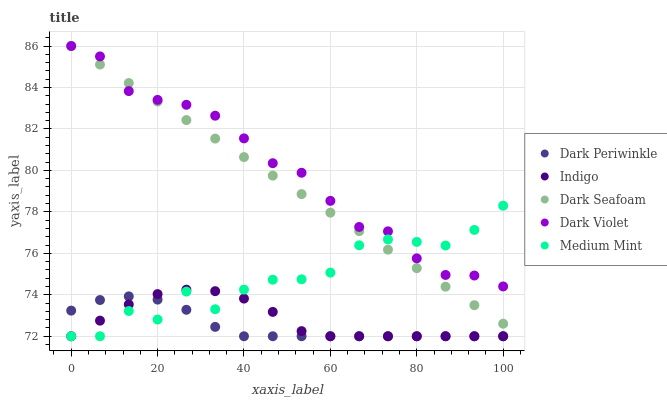
| xaxis_label | Dark Periwinkle | Indigo | Dark Seafoam | Dark Violet | Medium Mint |
 | --- | --- | --- | --- | --- | --- |
 | 0 | 73.2 | 72 | 86 | 86 | 72 |
 | 6.67 | 73.7 | 72.8 | 85.1 | 85.5 | 72 |
 | 13.3 | 73.9 | 73.5 | 84.2 | 83.8 | 73.2 |
 | 20 | 73.8 | 74 | 83.3 | 83.4 | 72.8 |
 | 26.7 | 73.3 | 74.2 | 82.4 | 83.2 | 74.2 |
 | 33.3 | 72.5 | 74.2 | 81.5 | 82.6 | 73.3 |
 | 40 | 72 | 73.8 | 80.6 | 81.5 | 74.2 |
 | 46.7 | 72 | 73.2 | 79.7 | 80.3 | 74.7 |
 | 53.3 | 72 | 72.2 | 78.9 | 79.9 | 74.7 |
 | 60 | 72 | 72 | 78 | 78.5 | 75.1 |
 | 66.7 | 72 | 72 | 77.1 | 77.3 | 76.4 |
 | 73.3 | 72 | 72 | 76.2 | 77.1 | 76.7 |
 | 80 | 72 | 72 | 75.3 | 75.8 | 76.6 |
 | 86.7 | 72 | 72 | 74.4 | 75 | 76.4 |
 | 93.3 | 72 | 72 | 73.5 | 74.9 | 77.1 |
 | 100 | 72 | 72 | 72.6 | 74.4 | 78.3 |